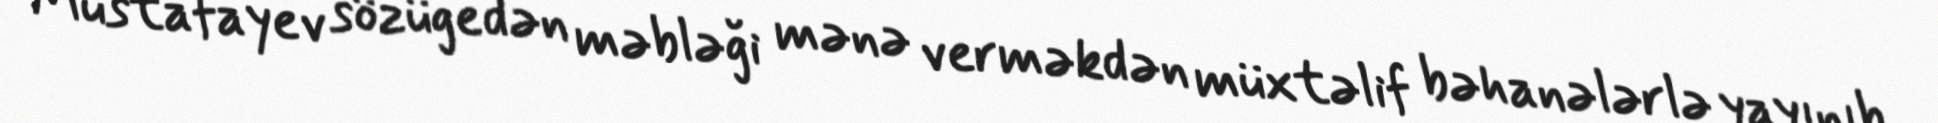
Mustafayev sözügedən məbləği mənə verməkdən müxtəlif bəhanələrlə yayınıb.